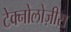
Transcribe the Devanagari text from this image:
टेक्नोलोज़ीस